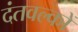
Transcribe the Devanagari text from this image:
दंतवल्कों